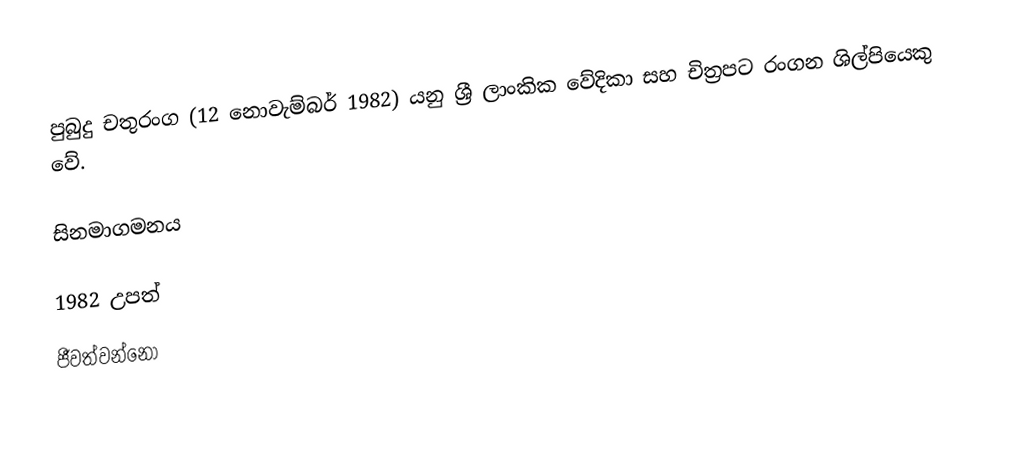
පුබුදු චතුරංග (12 නොවැම්බර් 1982) යනු ශ්‍රී ලාංකික වේදිකා සහ චිත්‍රපට රංගන ශිල්පියෙකු වේ.

සිනමාගමනය

1982 උපත්
ජීවත්වන්නෝ